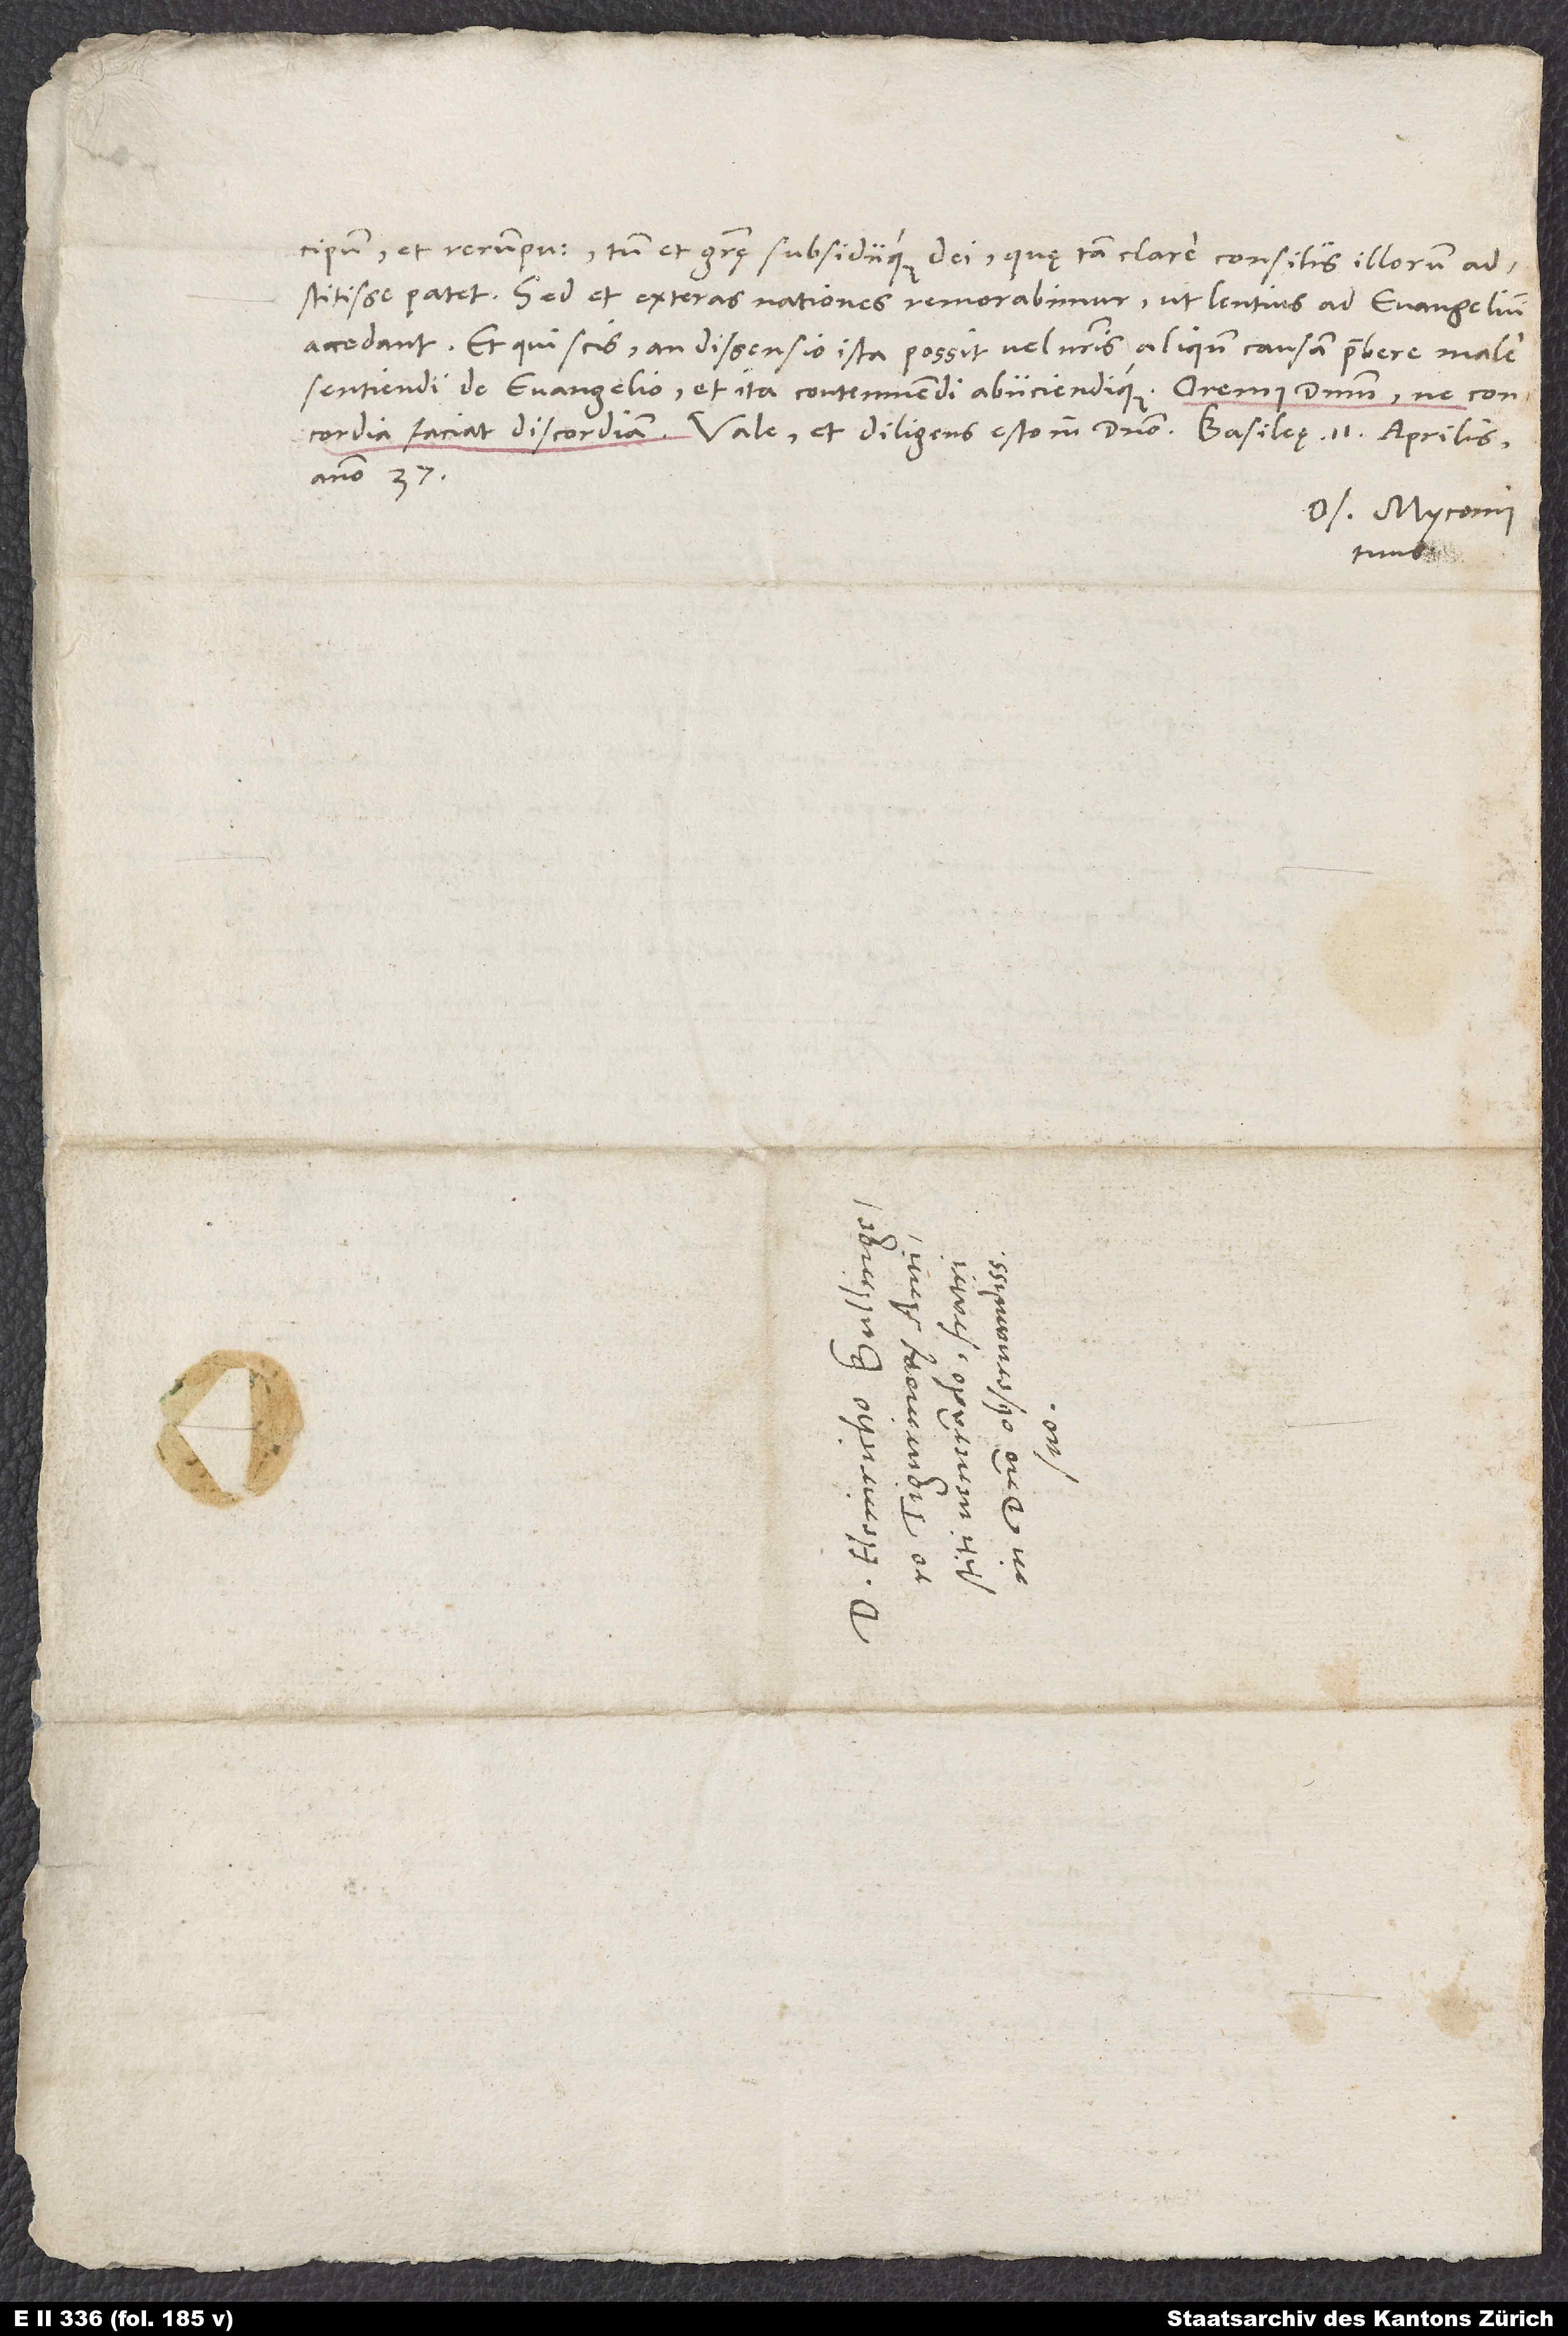
pum et rerumpublicarum, tum et gratię subsidiique dei, quę tam clare consiliis illorum
adstitisse patet. Sed et exteras nationes remorabimur, ut lentius ad evangelium
accedant. Et qui scis, an dissensio ista possit vel nostris aliquando causam praebere male
sentiendi de evangelio et ita contemnendi abiiciendique. Oremus dominum, ne concordia
anno 37.
Os. Myconius
tuus.
S.